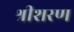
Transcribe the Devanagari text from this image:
श्रीशरण